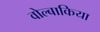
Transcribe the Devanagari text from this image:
वोल्बाकिया